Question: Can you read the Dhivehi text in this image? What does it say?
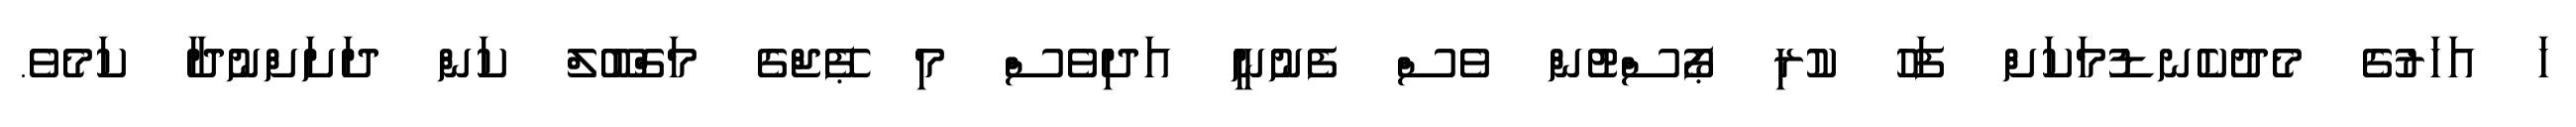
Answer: ހަ އަހަރުގެ މެދުކެނޑުމަކަށް ފަހު ކުރި ޕޯސްޓުން ވެސް ފެނުނީ އަދިވެސް މި ޕޭޖްގެ މަގްބޫލް ކަން ދަށަށްނުދާ ކަމެވެ.